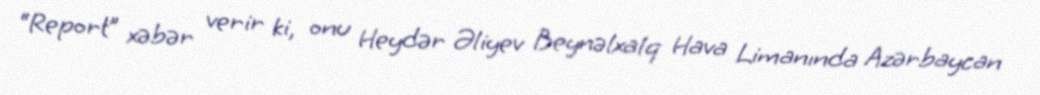
“Report” xəbər verir ki, onu Heydər Əliyev Beynəlxalq Hava Limanında Azərbaycan